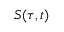
S ( \tau , t )